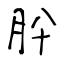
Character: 肸